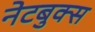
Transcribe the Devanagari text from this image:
नेटबुक्स